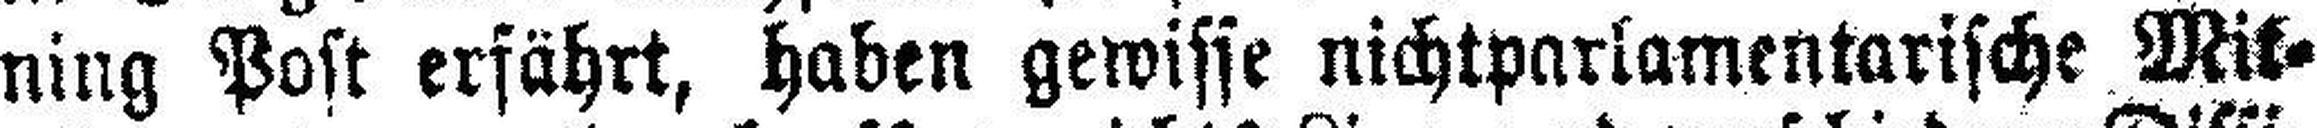
ning Post erfährt, haben gewisse nichtparlamentarische Mit¬